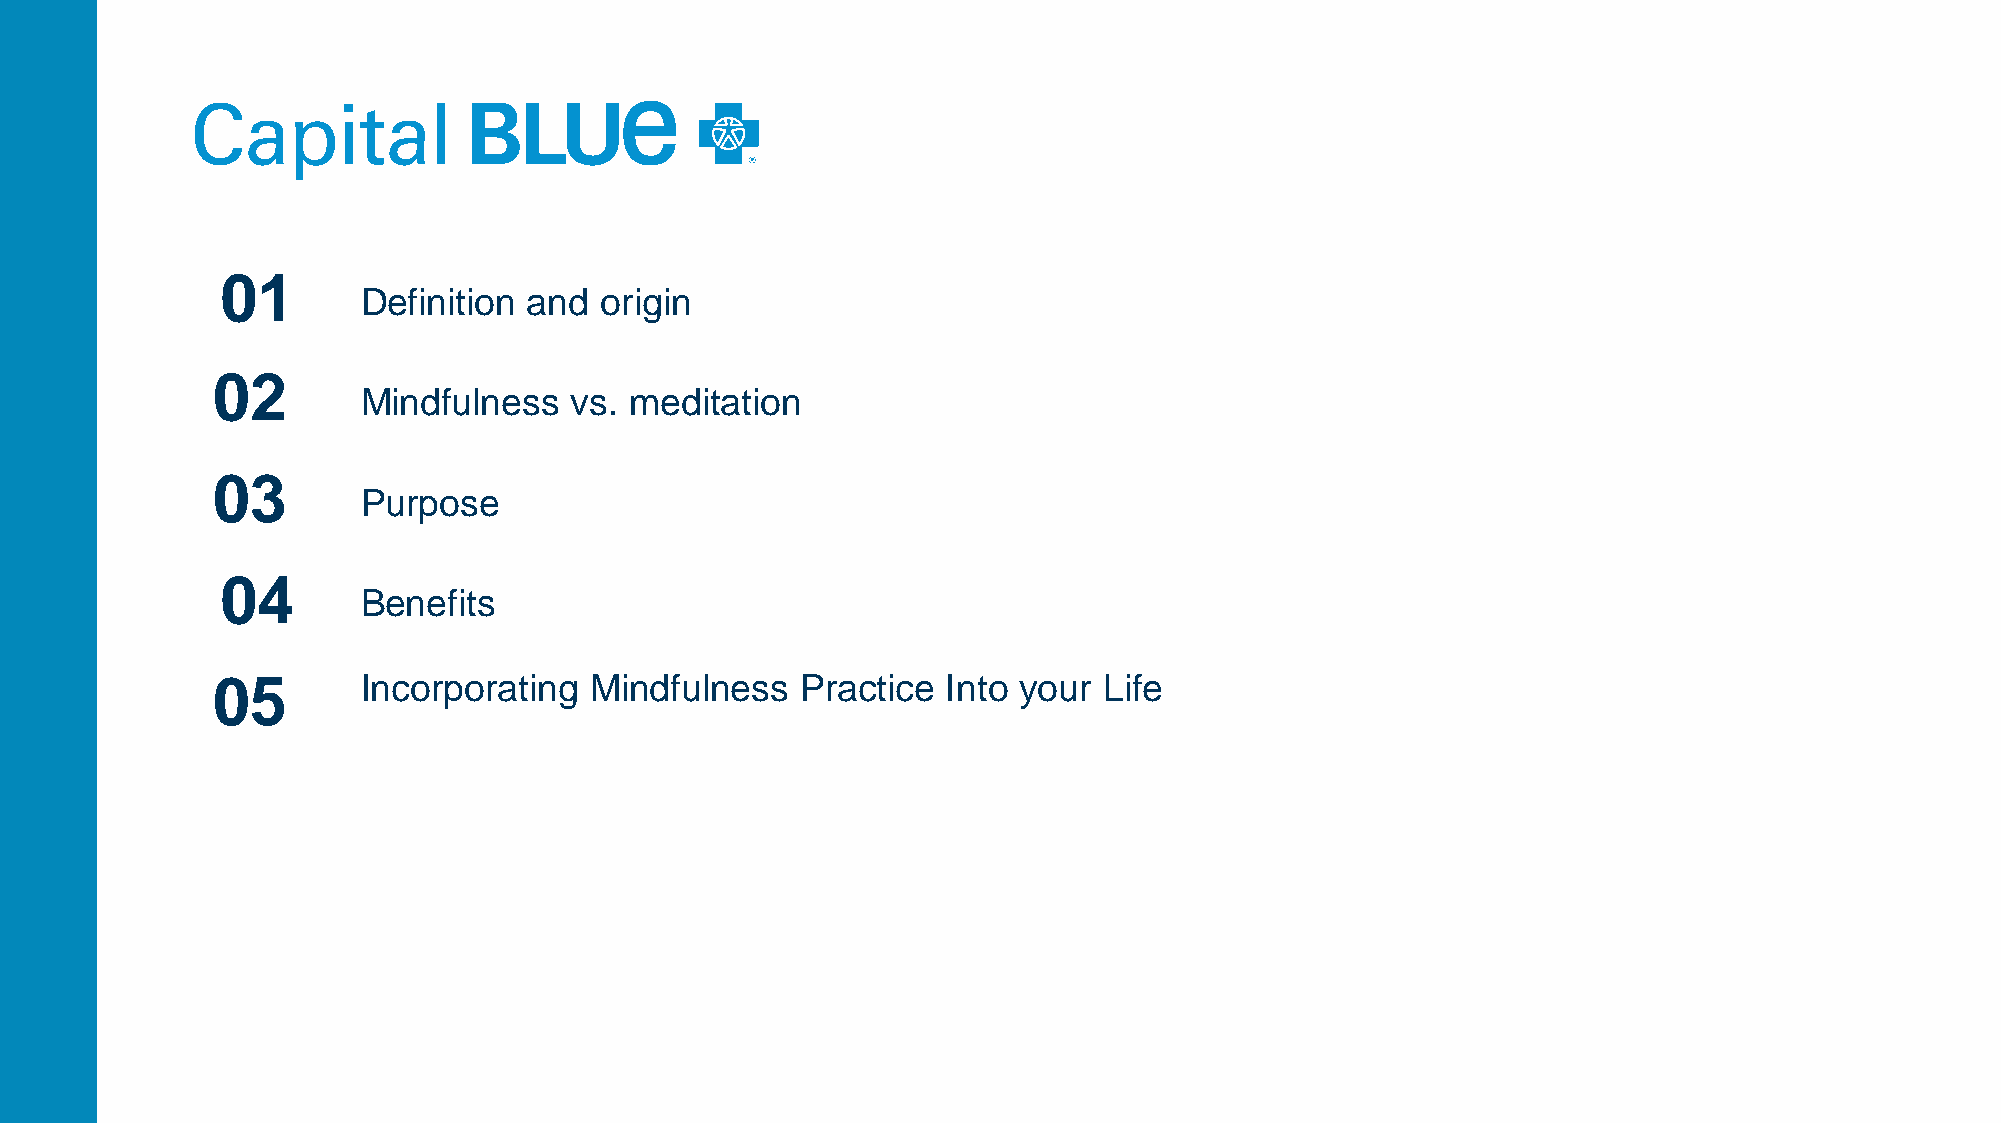
01
 Definition and  origin
 02
 Mindfulness   vs. meditation
 03
 Purpose
 04
 Benefits
 05        Incorporating  Mindfulness   Practice  Into your Life